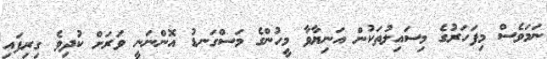
ނަމަވެސް މިފަހަރުގެ މިސައިލުތަކުން އަނިޔާވާ މީހުންގެ މަސްގަނޑު އޮންނަނީ ވަރަށް ކުދިވެ ގިރިފައި